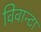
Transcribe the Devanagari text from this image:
विवान्टा